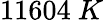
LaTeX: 11604\ K